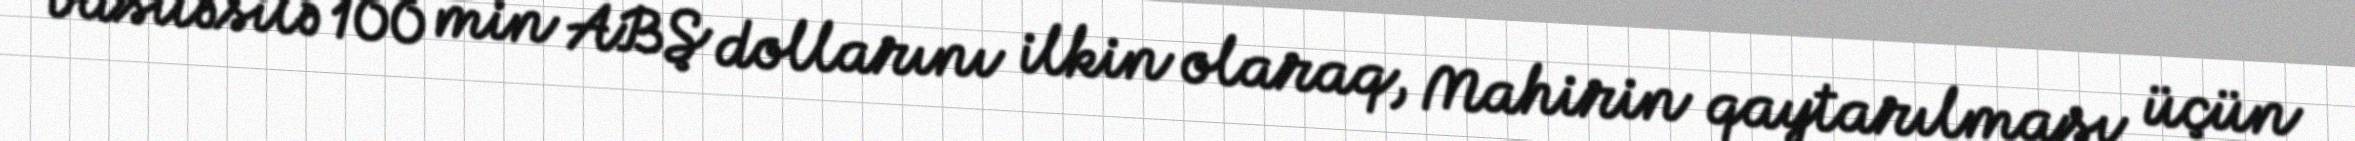
vasitəsilə 100 min ABŞ dollarını ilkin olaraq, Mahirin qaytarılması üçün